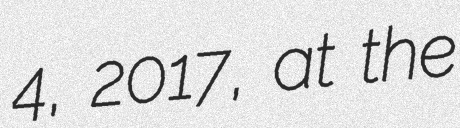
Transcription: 4, 2017, at the